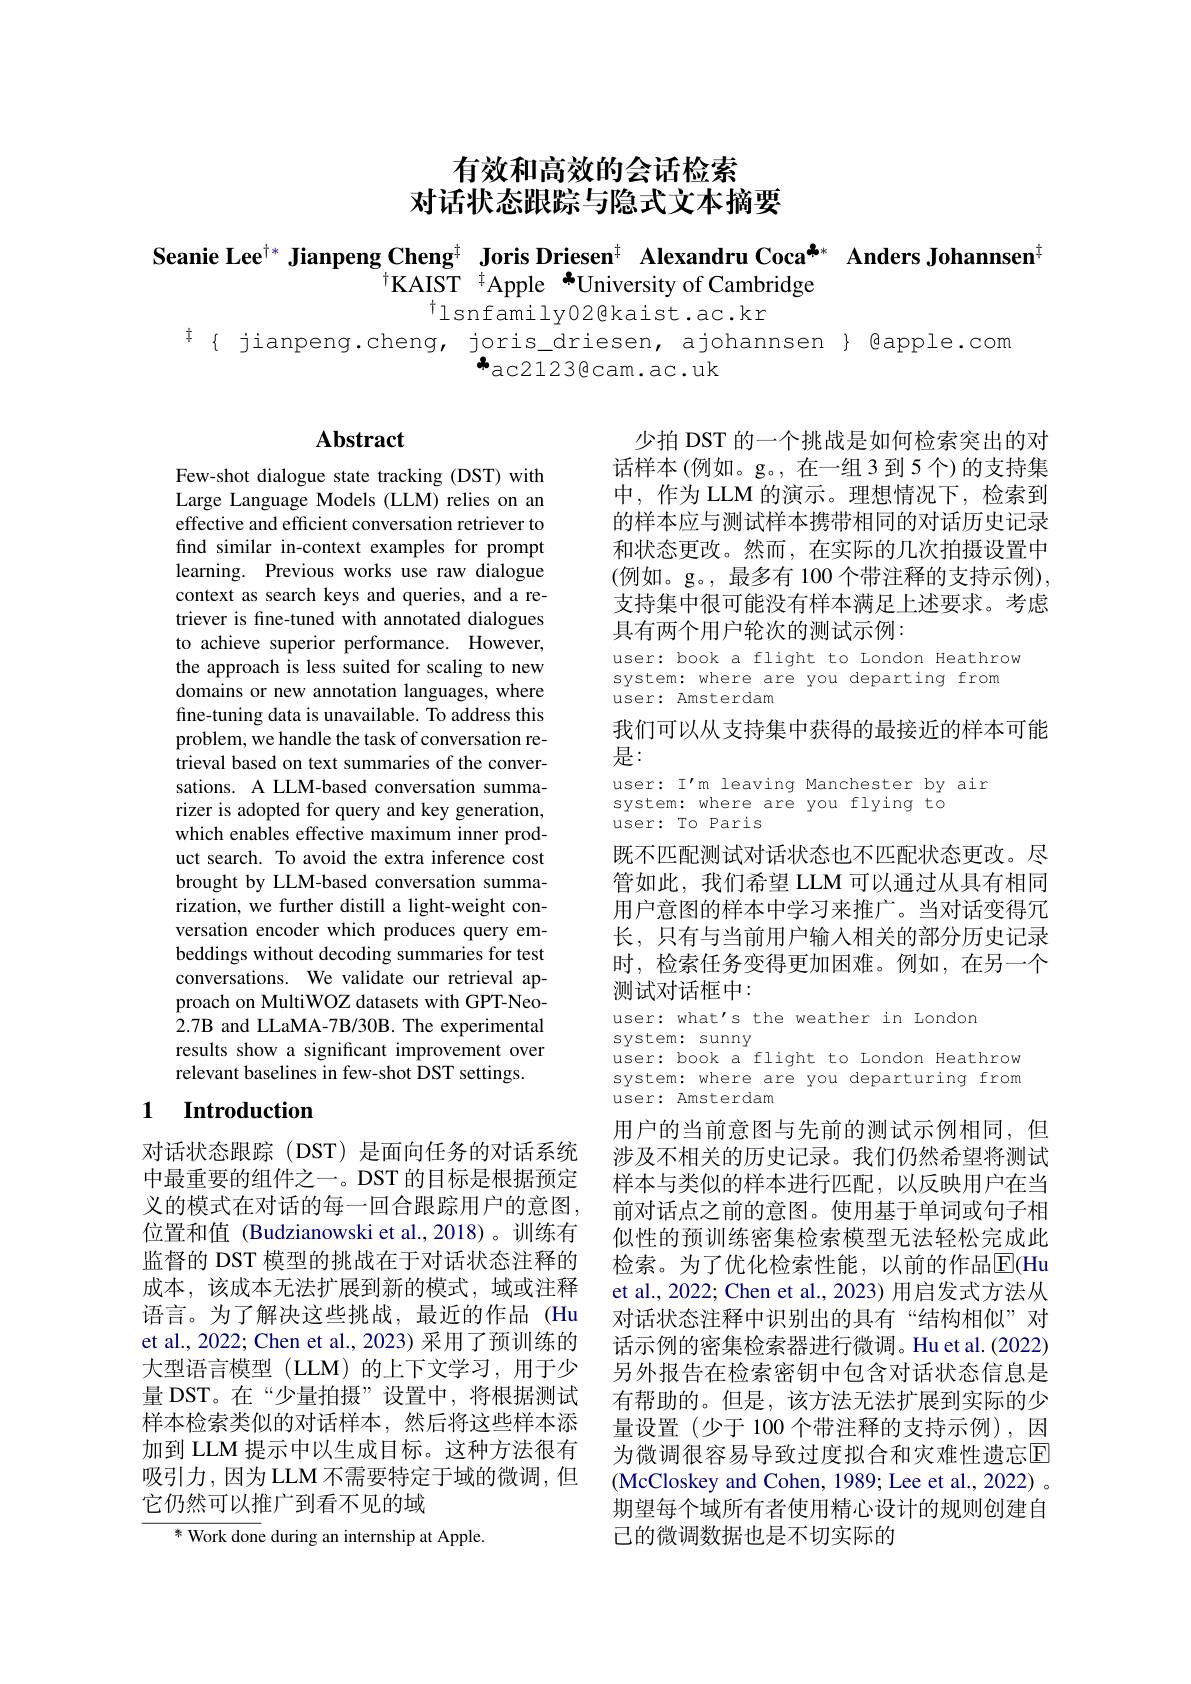
# 有效和高效的会话检索对话状态跟踪与隐式文本摘要

Seanie Lee$^{\dagger*}$ Jianpeng Cheng$^{\dagger}\textbf{ Joris Driesen}^{\dagger}$ Alexandru Coca$^{**}$ Anders Johannsen$^{\dagger}$
$^{\dagger}$KAIST $^{\dagger}$Apple $^{*}$University of Cambridge
$^{\dagger}$lsnfamily02@kaist.ac.kr

$^{\ddagger}\{$ jianpeng.cheng, joris\_driesen, ajohannsen $\}$ @apple.com
$^{*}$ac2123@cam.ac.uk

# Abstract

少拍 DST 的一个挑战是如何检索突出的对话样本(例如。g。,在一组3到5个)的支持集中，作为 LLM 的演示。理想情况下，检索到的样本应与测试样本携带相同的对话历史记录和状态更改。然而，在实际的几次拍摄设置中(例如。g。,最多有 100 个带注释的支持示例), 支持集中很可能没有样本满足上述要求。考虑具有两个用户轮次的测试示例：

user: book a flight to London Heathrow
system: where are you departing from
user: Amsterdam

我们可以从支持集中获得的最接近的样本可能
是：

Few-shot dialogue state tracking (DST) with Large Language Models (LLM) relies on an effective and efficient conversation retriever to find similar in-context examples for prompt learning. Previous works use raw dialogue context as search keys and queries, and a retriever is fine-tuned with annotated dialogues to achieve superior performance. However, the approach is less suited for scaling to new domains or new annotation languages, where fine-tuning data is unavailable. To address this problem, we handle the task of conversation retrieval based on text summaries of the conversations. A LLM-based conversation summarizer is adopted for query and key generation, which enables effective maximum inner product search. To avoid the extra inference cost brought by LLM-based conversation summarization, we further distill a light-weight conversation encoder which produces query embeddings without decoding summaries for test conversations. We validate our retrieval approach on MultiWOZ datasets with GPT-Neo- 2.7B and LLaMA-7B/30B. The experimental results show a significant improvement over relevant baselines in few-shot DST settings.

user: I'm leaving Manchester by air
system: where are you flying to
user: To Paris

既不匹配测试对话状态也不匹配状态更改。尽管如此，我们希望 LLM 可以通过从具有相同用户意图的样本中学习来推广。当对话变得冗长，只有与当前用户输入相关的部分历史记录时，检索任务变得更加困难。例如，在另一个测试对话框中：

user: what's the weather in London
system: sunny
user: book a flight to London Heathrow system: where are you departuring from user: Amsterdam

## 1 $\textbf{Introduction}$

对话状态跟踪(DST)是面向任务的对话系统中最重要的组件之一。DST 的目标是根据预定义的模式在对话的每一回合跟踪用户的意图， 位置和值 (Budzianowski et al.,2018)。训练有监督的 DST 模型的挑战在于对话状态注释的成本，该成本无法扩展到新的模式，域或注释语言。为了解决这些挑战，最近的作品(Hu et al., 2022; Chen et al., 2023) 采用了预训练的大型语言模型 (LLM)的上下文学习，用于少量 DST。在“少量拍摄”设置中，将根据测试样本检索类似的对话样本，然后将这些样本添加到 LLM 提示中以生成目标。这种方法很有吸引力，因为LLM不需要特定于域的微调，但它仍然可以推广到看不见的域

用户的当前意图与先前的测试示例相同，但涉及不相关的历史记录。我们仍然希望将测试样本与类似的样本进行匹配，以反映用户在当前对话点之前的意图。使用基于单词或句子相似性的预训练密集检索模型无法轻松完成此检索。为了优化检索性能，以前的作品$\overline{\mathrm{E}}($Hu et al., 2022; Chen et al., 2023) 用启发式方法从对话状态注释中识别出的具有“结构相似”对话示例的密集检索器进行微调。Hu et al.(2022) 另外报告在检索密钥中包含对话状态信息是有帮助的。但是，该方法无法扩展到实际的少量设置(少于100个带注释的支持示例),因为微调很容易导致过度拟合和灾难性遗忘E (McCloskey and Cohen, 1989; Lee et al., 2022) 。期望每个域所有者使用精心设计的规则创建自已的微调数据也是不切实际的

${\overline{\text{米 Work don}}}$e during an internship at Apple.